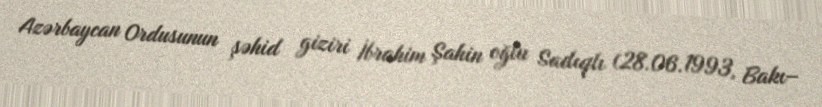
Azərbaycan Ordusunun şəhid giziri İbrahim Şahin oğlu Sadıqlı (28.06.1993, Bakı–